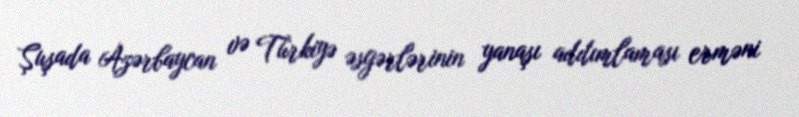
Şuşada Azərbaycan və Türkiyə əsgərlərinin yanaşı addımlaması erməni